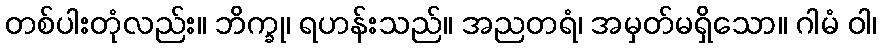
တစ်ပါးတုံလည်း။ ဘိက္ခု၊ ရဟန်းသည်။ အညတရံ၊ အမှတ်မရှိသော။ ဂါမံ ဝါ၊